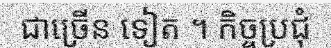
ជាច្រើន ទៀត ។ កិច្ចប្រជុំ